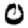
Digit: 0